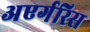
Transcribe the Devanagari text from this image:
अएर्गरिस